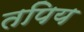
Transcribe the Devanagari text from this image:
तपिय